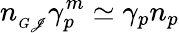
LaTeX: n_{_{G\mathscr{J}}}\gamma_{p}^{m}\simeq\gamma_{p}n_{p}